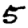
Digit: 5